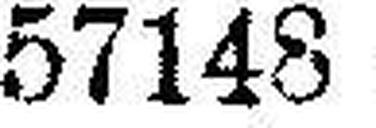
57148